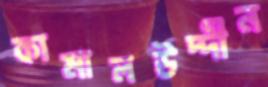
কামালউদ্দীন